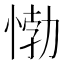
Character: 𰑰